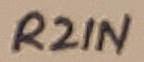
Text: R2IN